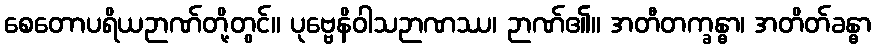
စေတောပရိယဉာဏ်တို့တွင်။ ပုဗ္ဗေနိဝါသဉာဏဿ၊ ဉာဏ်၏။ အတီတက္ခန္ဓာ၊ အတိတ်ခန္ဓာ